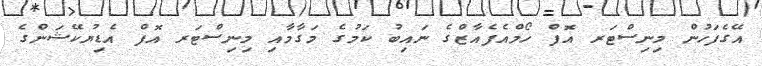
އޭގެފަހުން މިނިސްޓަރ އޮފް ހޯމްއެފެއާޒްގެ ނައިބު ކަމުގެ މަގާމާއި މިނިސްޓަރ އޮފް އެޑިޔުކޭޝަންގެ